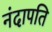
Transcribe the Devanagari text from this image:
नंदापति